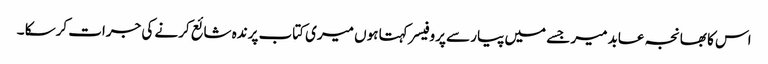
اس کا بھانجہ عابد میر جسے میں پیار سے پروفیسر کہتا ہوں میری کتاب پرندہ شائع کرنے کی جرات کرسکا ۔